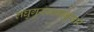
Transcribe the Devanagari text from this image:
लघुगुरूक्रमानुसार